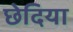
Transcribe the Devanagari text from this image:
छेदिया